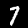
Digit: 7